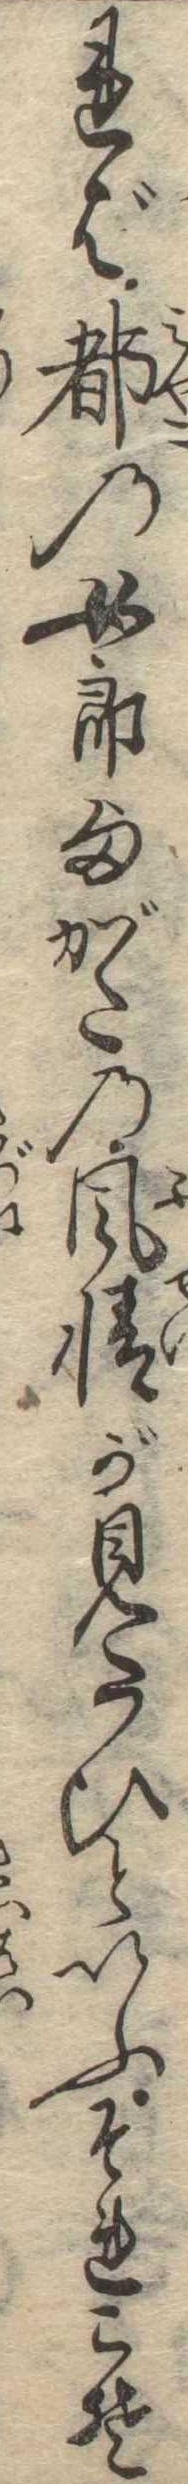
れば都の女郎様がたの風情が見たひといふそれこそ